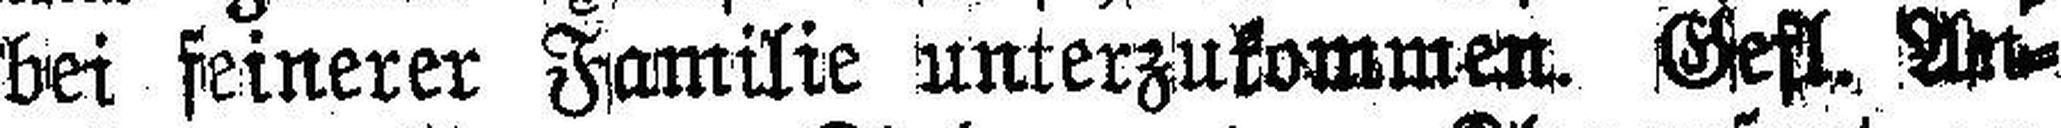
bei feinerer Familie unterzukommen. Gefl. An¬